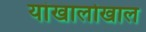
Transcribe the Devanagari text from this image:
यांखालोखाल